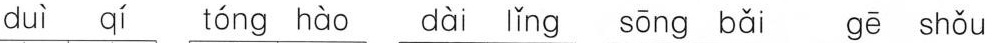
duì qí tóng hào dài lǐnq sōng bǎi gē shǒu